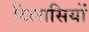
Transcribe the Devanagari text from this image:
विलासियों